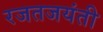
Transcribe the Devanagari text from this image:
रजतजयंती